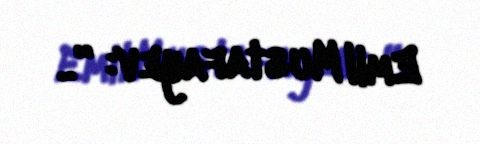
Emil Mustafayev: “..